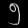
Digit: ၅